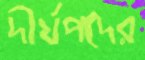
দীর্ঘপদের